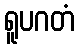
ရူပဂတံ